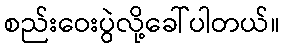
စည်းဝေးပွဲလို့ခေါ်ပါတယ်။